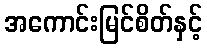
အကောင်းမြင်စိတ်နှင့်